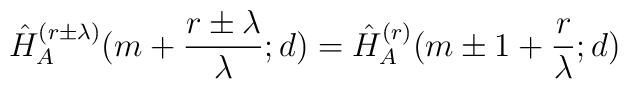
\hat{H}_A^{(r\pm\lambda)}(m+\frac{r\pm\lambda}{\lambda};d)=\hat{H}_A^{(r)}(m\pm 1+\frac{r}{\lambda};d)